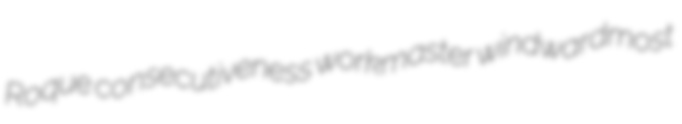
Roque consecutiveness workmaster windwardmost